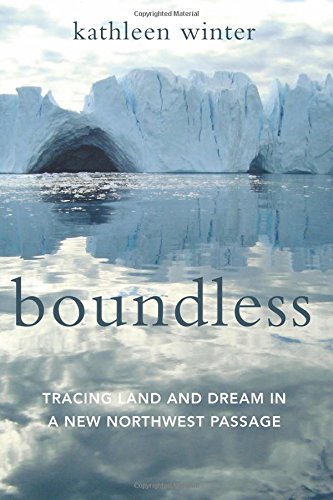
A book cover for Boundless: Tracing Land and Dream in a New Northwest Passage; Kathleen Winter; Science & Math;